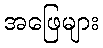
အဖြေများ